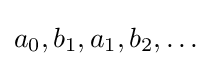
a_{0},b_{1},a_{1},b_{2},\dots